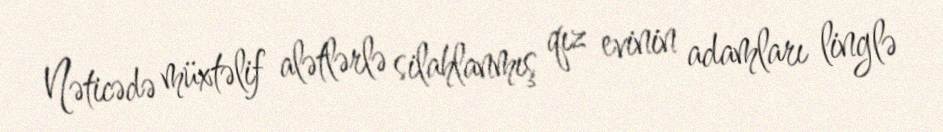
Nəticədə müxtəlif alətlərlə silahlanmış qız evinin adamları linglə